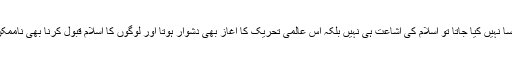
اگر ایسا نہیں کیا جاتا تو اسلام کی اشاعت ہی نہیں بلکہ اس عالمی تحریک کا آغاز بھی دشوار ہوتا اور لوگوں کا اسلام قبول کرنا بھی ناممکن تھا۔